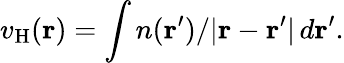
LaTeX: v_{\mathrm{H}}(\mathbf{r})=\int n(\mathbf{r}^{\prime})/|\mathbf{r}-\mathbf{r}^{\prime}|\, d\mathbf{r}^{\prime}.